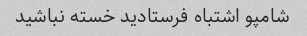
شامپو اشتباه فرستادید خسته نباشید